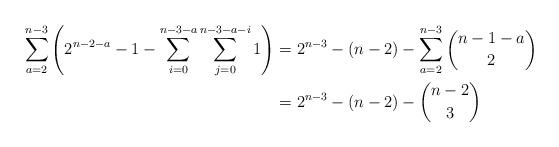
LaTeX: \begin{align*}\sum_{a=2}^{n-3}\left(2^{n-2-a}-1-\sum_{i=0}^{n-3-a}\sum_{j=0}^{n-3-a-i}1\right)&= 2^{n-3}-(n-2)-\sum_{a=2}^{n-3}\binom{n-1-a}{2}\\ &=2^{n-3}-(n-2)-\binom{n-2}{3} \end{align*}